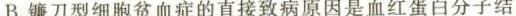
B.镰刀型细胞贫血症的直接致病原因是血红蛋白分子结